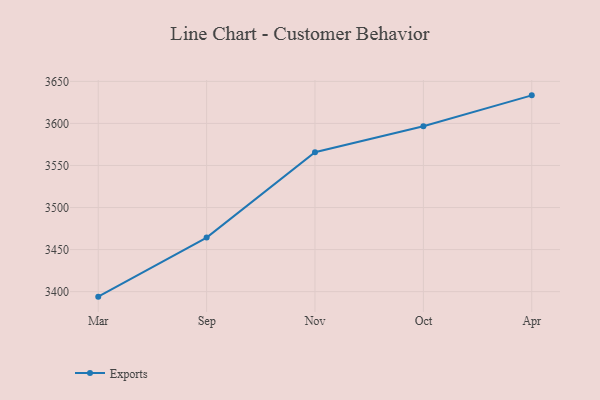
{"axis": {"x": "Month", "y": "Revenue (USD Million)"}, "legend": ["Exports"], "data": [{"x": "Mar", "y": 3394.0, "type": "Exports"}, {"x": "Sep", "y": 3464.2, "type": "Exports"}, {"x": "Nov", "y": 3565.7, "type": "Exports"}, {"x": "Oct", "y": 3596.6, "type": "Exports"}, {"x": "Apr", "y": 3633.4, "type": "Exports"}]}